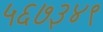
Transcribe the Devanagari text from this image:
५६७३४९